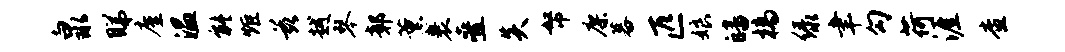
泉睇廑温能炬兹越琴鄣薰裹叠炎帑廖暮匹娘皤槁绿聿勾荷涯查